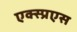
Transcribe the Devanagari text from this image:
एक्स्प्रएस